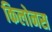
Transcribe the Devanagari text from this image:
किलोनस